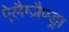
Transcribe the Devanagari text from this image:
ऐलैग्ज़ैण्ड्रा